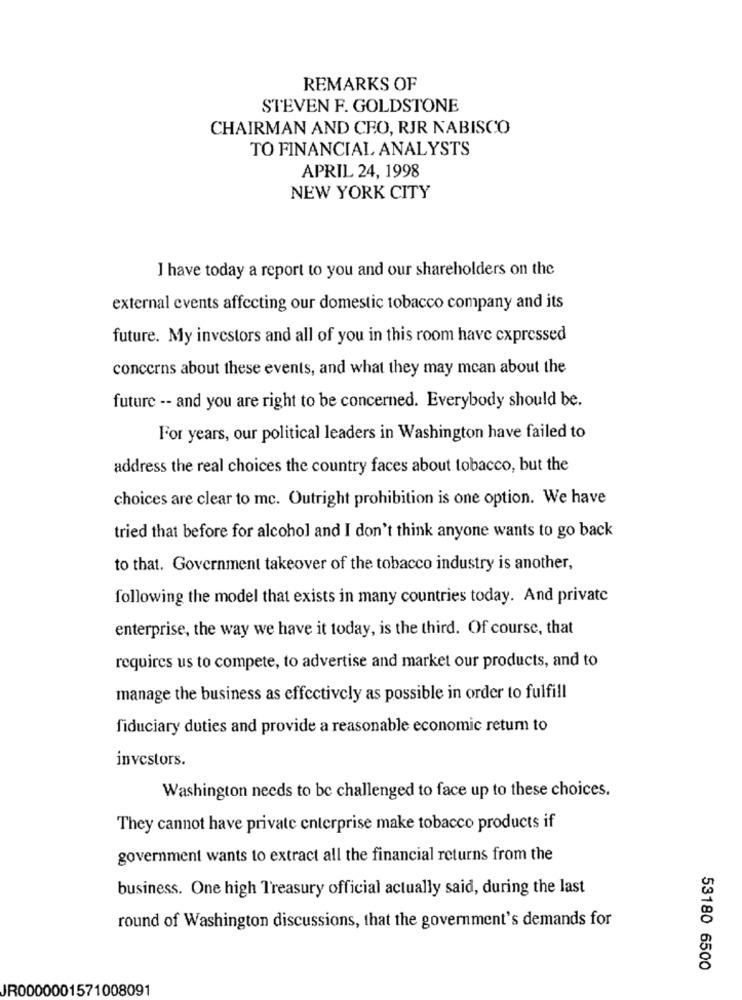
REMARKS OF
STEVEN F. GOLDSTONE
CHAIRMAN AND CEO, RJR NABISCO
TO FINANCIAL ANALYSTS
APRIL 24, 1998
NEW YORK CITY
I have today a report to you and our shareholders on the
external events affecting our domestic tobacco company and its
future. My investors and all of you in this room have expressed
concerns about these events, and what they may mcan about the
future -- and you are right to be concerned. Everybody should be.
For years, our political leaders in Washington have failed to
address the real choices the country faces about tobacco, but the
choices are clear to mc. Outright prohibition is one option. We have
tried that before for alcohol and I don't think anyone wants to go back
to that. Government takeover of the tobacco industry is another,
following the model that exists in many countries today. And private
enterprise, the way we have it today, is the third. Of course, that
requires us to compete, to advertise and market our products, and to
manage the business as effectively as possible in order to fulfill
fiduciary duties and provide a reasonable economic retum to
investors.
Washington needs to be challenged to face up to these choices.
They cannot have private enterprise make tobacco products if
government wants to extract all the financial returns from the
business. One high Treasury official actually said, during the last
round of Washington discussions, that the government's demands for
53180 6500
IR0000001571008091